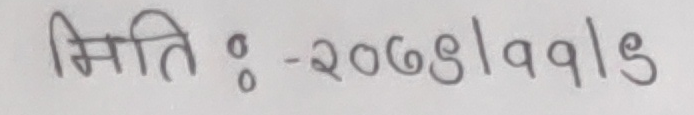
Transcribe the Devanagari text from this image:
मिति :- २०७६।११।१९७